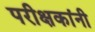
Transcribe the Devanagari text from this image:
परीक्षकांनी